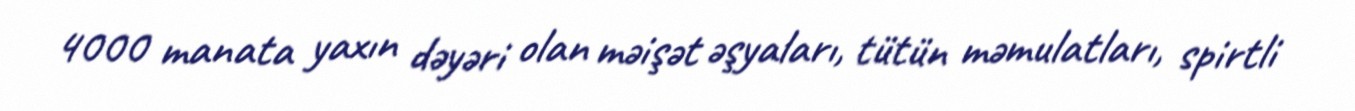
4000 manata yaxın dəyəri olan məişət əşyaları, tütün məmulatları, spirtli